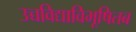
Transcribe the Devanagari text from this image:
उच्चविद्याविभूषितब